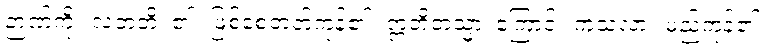
ဉာဏ်ကို။ လဘတိ၊ ၏။ ဖြစ်စေတတ်ကုန်၏။ ဣတိတသ္မာ၊ ကြောင့်။ ကုသလာ။ မည်ကုန်၏။